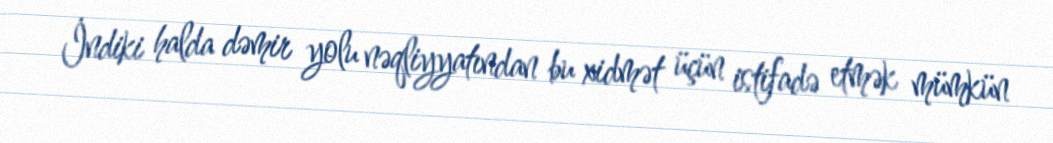
İndiki halda dəmir yolu nəqliyyatından bu xidmət üçün istifadə etmək mümkün